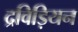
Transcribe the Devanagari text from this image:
द्रविड़ियन